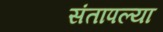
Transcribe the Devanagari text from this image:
संतापल्या